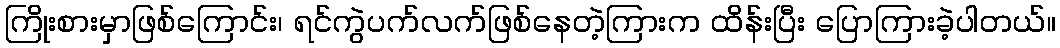
ကြိုးစားမှာဖြစ်ကြောင်း၊ ရင်ကွဲပက်လက်ဖြစ်နေတဲ့ကြားက ထိန်းပြီး ပြောကြားခဲ့ပါတယ်။